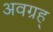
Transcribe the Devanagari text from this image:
अवग्रह्